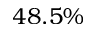
4 8 . 5 \%